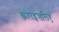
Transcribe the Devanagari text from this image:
करे।इसलिए